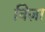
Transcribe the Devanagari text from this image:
विज़ा